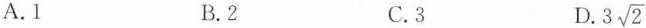
A.1 B.2 C.3 D.3\sqrt{2}